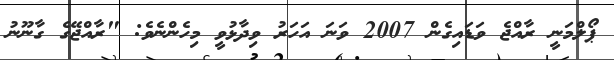
ޕޯލްމަނީ ރާއްޖެ ވަޑައިގެން 2007 ވަނަ އަހަރު ވިދާޅުވީ މިހެންނެވެ: "ރާއްޖޭގެ ގާނޫނު